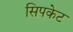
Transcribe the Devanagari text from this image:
सिपकेट